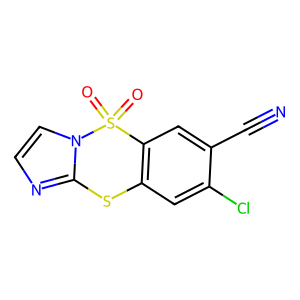
SMILES: N#Cc1cc2c(cc1Cl)Sc1nccn1S2(=O)=O
Inhibits HIV replication: No